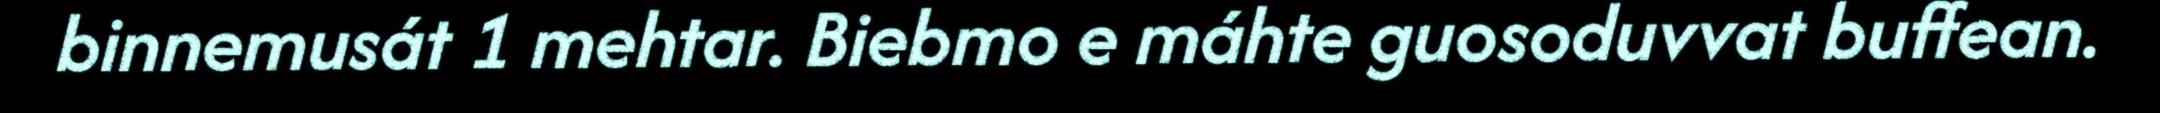
binnemusát 1 mehtar. Biebmo e máhte guosoduvvat buffean.